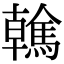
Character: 䮧